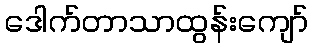
ဒေါက်တာသာထွန်းကျော်